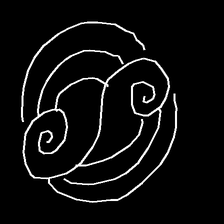
Glyph: wind-underfoot